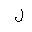
Letter: _lam